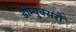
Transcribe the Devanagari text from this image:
डीम्युक्सरों